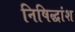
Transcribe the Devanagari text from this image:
निषिद्धांश